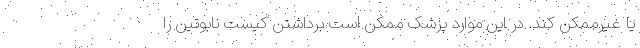
یا غیرممکن کند. در این موارد پزشک ممکن است برداشتن کیست نابوتین را